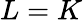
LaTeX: L=K